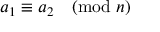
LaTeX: a _ { 1 } \equiv a _ { 2 } { \pmod { n } }